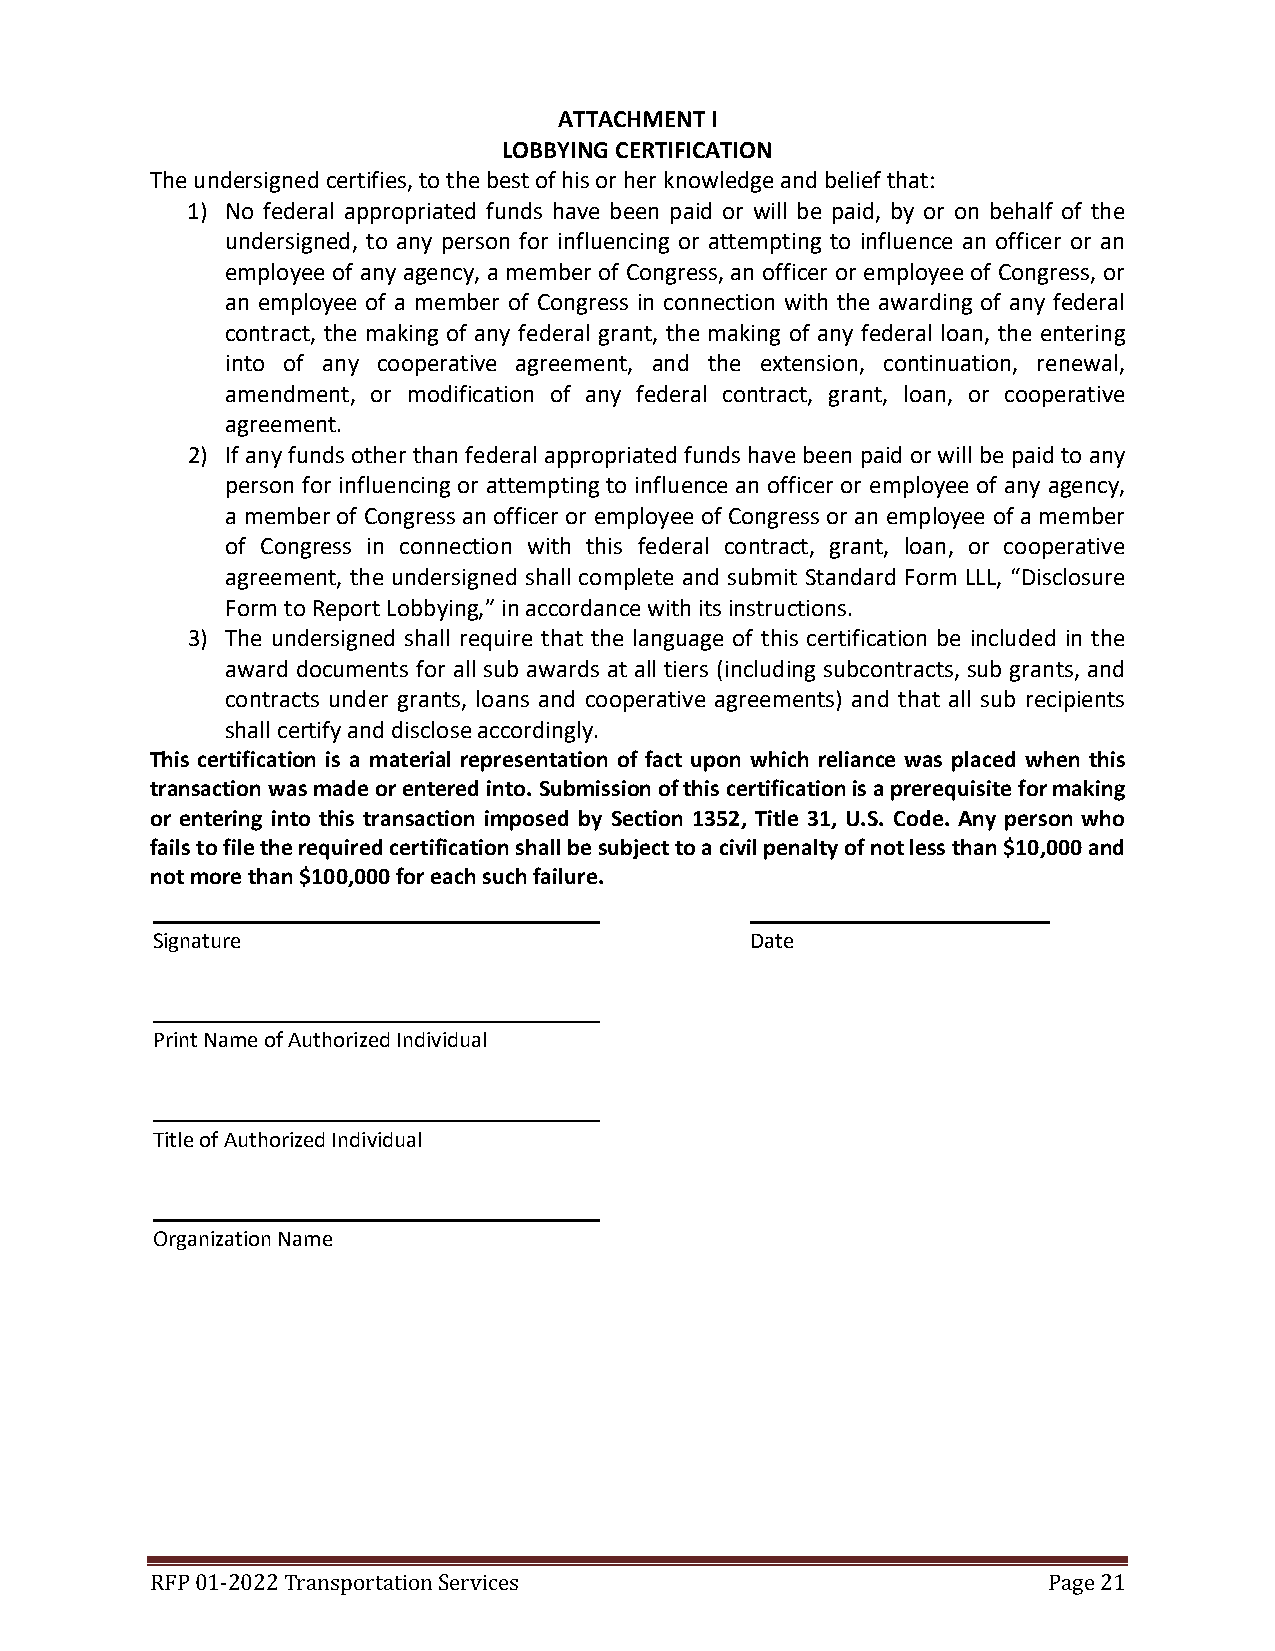
ATTACHMENT I
 LOBBYING CERTIFICATION
 The undersigned certifies, to the best of his or her knowledge and belief that:
 1) No federal appropriated funds have been paid or will be paid, by or on behalf of the
 undersigned, to any person for influencing or attempting to influence an officer or an
 employee of any agency, a member of Congress, an officer or employee of Congress, or
 an employee of a member of Congress in connection with the awarding of any federal
 contract, the making of any federal grant, the making of any federal loan, the entering
 into of any cooperative agreement, and the extension, continuation, renewal,
 amendment, or modification of any federal contract, grant, loan, or cooperative
 agreement.
 2) If any funds other than federal appropriated funds have been paid or will be paid to any
 person for influencing or attempting to influence an officer or employee of any agency,
 a member of Congress an officer or employee of Congress or an employee of a member
 of Congress in connection with this federal contract, grant, loan, or cooperative
 agreement, the undersigned shall complete and submit Standard Form LLL, “Disclosure
 Form to Report Lobbying,” in accordance with its instructions.
 3) The undersigned shall require that the language of this certification be included in the
 award documents for all sub awards at all tiers (including subcontracts, sub grants, and
 contracts under grants, loans and cooperative agreements) and that all sub recipients
 shall certify and disclose accordingly.
 This certification is a material representation of fact upon which reliance was placed when this
 transaction was made or entered into. Submission of this certification is a prerequisite for making
 or entering into this transaction imposed by Section 1352, Title 31, U.S. Code. Any person who
 fails to file the required certification shall be subject to a civil penalty of not less than $10,000 and
 not more than $100,000 for each such failure.
 Signature                               Date
 Print Name of Authorized Individual
 Title of Authorized Individual
 Organization Name
 RFP 01-2022 Transportation Services                        Page 21